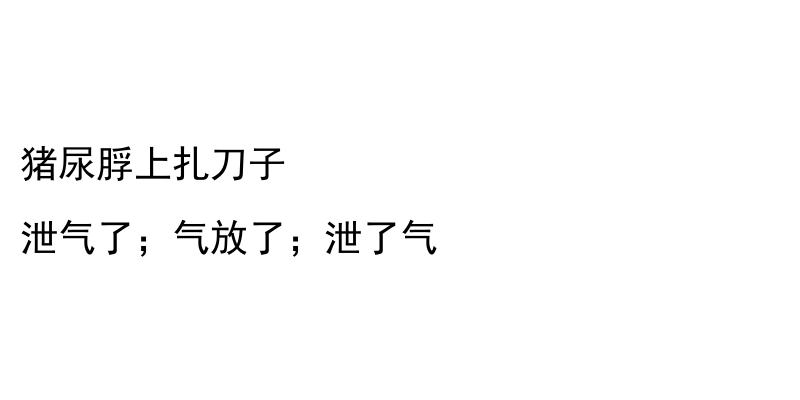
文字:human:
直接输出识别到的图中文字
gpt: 猪尿脬上扎刀子 泄气了；气放了；泄了气